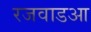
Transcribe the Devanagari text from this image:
रजवाडआ